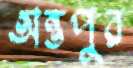
অন্তপুর